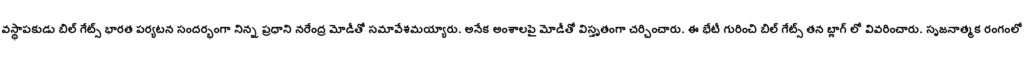
వస్థాపకుడు బిల్ గేట్స్ భారత పర్యటన సందర్భంగా నిన్న ప్రధాని నరేంద్ర మోడీతో సమావేశమయ్యారు. అనేక అంశాలపై మోడీతో విస్తృతంగా చర్చించారు. ఈ భేటీ గురించి బిల్ గేట్స్ తన బ్లాగ్ లో వివరించారు. సృజనాత్మక రంగంలో